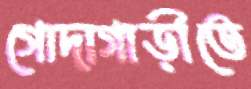
গোদাগাড়ীতে